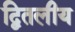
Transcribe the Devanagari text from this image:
द्वितलीय